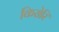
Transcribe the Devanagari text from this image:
किरोरि